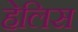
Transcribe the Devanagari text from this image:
हेलिस